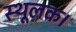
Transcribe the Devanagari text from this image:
स्थूलक।